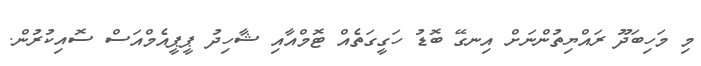
މި މަހިބަދޫ ރައްޔިތުންނަށް އިނގޭ ބޮޑު ހަގީގަތެއް ޓޮމްއާއި ޝާހިދު ޕީޕީއެމްއަސް ސޮއިކުރުން.